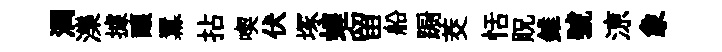
潤濼據釀羃拈喫伏塚蝗留船蹰茭恬貺錐號鿌象